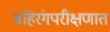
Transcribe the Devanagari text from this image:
बहिरंगपरीक्षणात